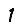
Digit: 1